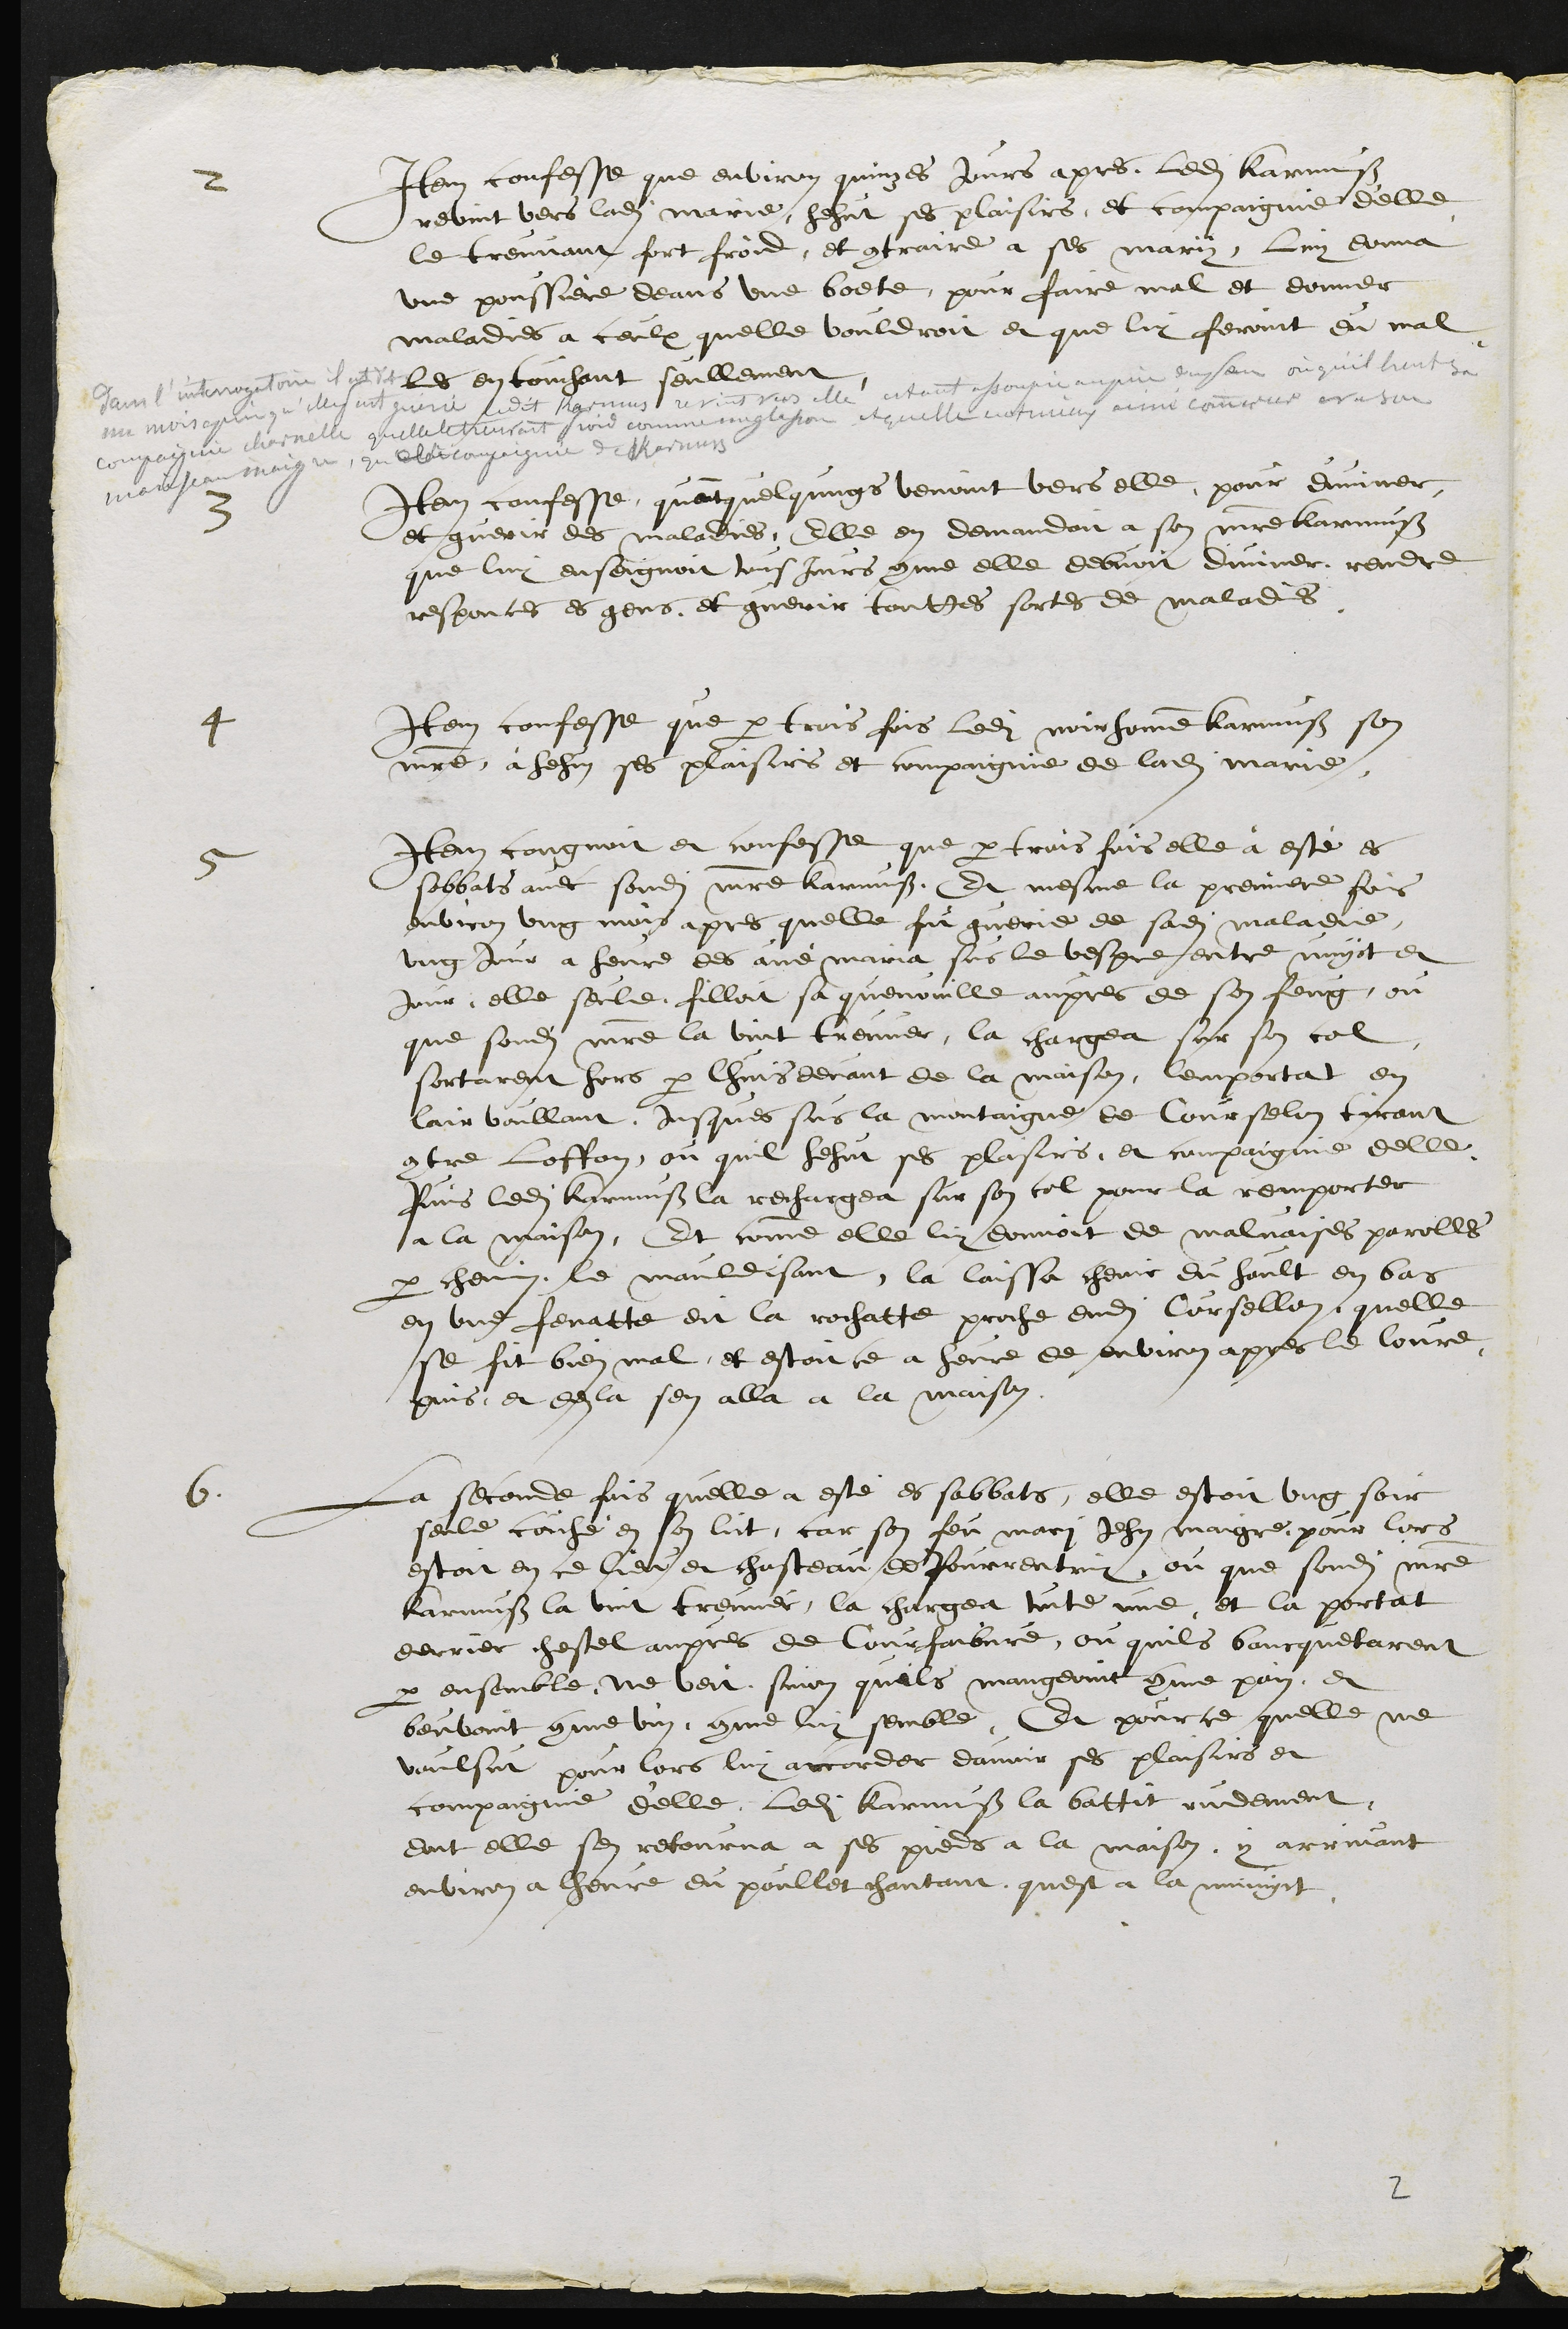
2
Item confesse que environ quinzes jours apres, ledit Karmuss
revint vers ladite Marie, hehut ses plaisirs, et compagnie d'elle
le treuvant fort froid, et contraire a ses mary, luy donna
une poussiere deans une boete, pour faire mal et donner
maladies a ceulx quelle vouldroit et que luy feroint du mal
les en touchant seullement.
3
Item confesse quant quelqungs venoint vers elle pour diviner
et guerir des maladies, Elle en demandoit a son maitre Karmuss
que luy enseignoit tousjours comme elle debvoit diviner, rendre
responces es gens, et guerir touttes sortes de maladies.
4
Item confesse que par trois fois ledit noir homme Karmuss son
maitre à hehus ses plaisirs et compaignie de ladite Marie,
5
Item congnoit et confesse que par trois fois elle a esté es
sabbats avec sondit maitre Karmuss Et mesme la premiere fois
environ ung mois apres quelle fut guerie de sadite maladie,
ung jour a heure des ave maria sus le vespre entre nuyct et
jour elle seule filloit sa quenouille aupres de son feug, ou
que sondit maitre la vint treuver, la chargea sur son col,
sortarent hors par lhuis devant de la maison, lemportat en
lair voullant, jusques sus la montaigne de Courselon tirant
contre loffon, ou quil hehut ses plaisirs, et compaignie delle,
Puis ledit Karmuss la rechargea sur son col, pour la remporter
a la maison, Et comme elle luy donnoit de malvaises parolles
par chemin, le mauldisant, la laissa cheoir du hault en bas
en une fenatte dit la rochatte proche dudit Corsellon, quelle
se fit bien mal, et estoit ce a heure de environ apres le lovre
puis, et des la sen alla a la maison
6.
La seconde fois quelle a esté es sabbats, elle estoit ung soir
seule couché en son lict, car son feu mari Jehan Maigre, pour lors
estoit en ce lieu et chasteau de Pourrentruy, ou que sondit maitre
Karmuss la vint treuver, la chargea toute nue, et la portat
derrier chestel aupres de Courfaibvre, ou quils bancquetarent
par ensemble, ne veit, sinon quils mangeoint comme pain, et
beuvant comme vin comme luy semble, Et pour ce quelle ne
voulsut pour lors luy accorder davoir ses plaisirs et
compaignie d'elle, ledit Karmuss la battit rudement,
dont elle sen retourna a ses pieds a la maison, y arrivant
environ a lheure du poullet chantant quest a la minuyct

2